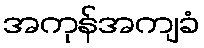
အကုန်အကျခံ